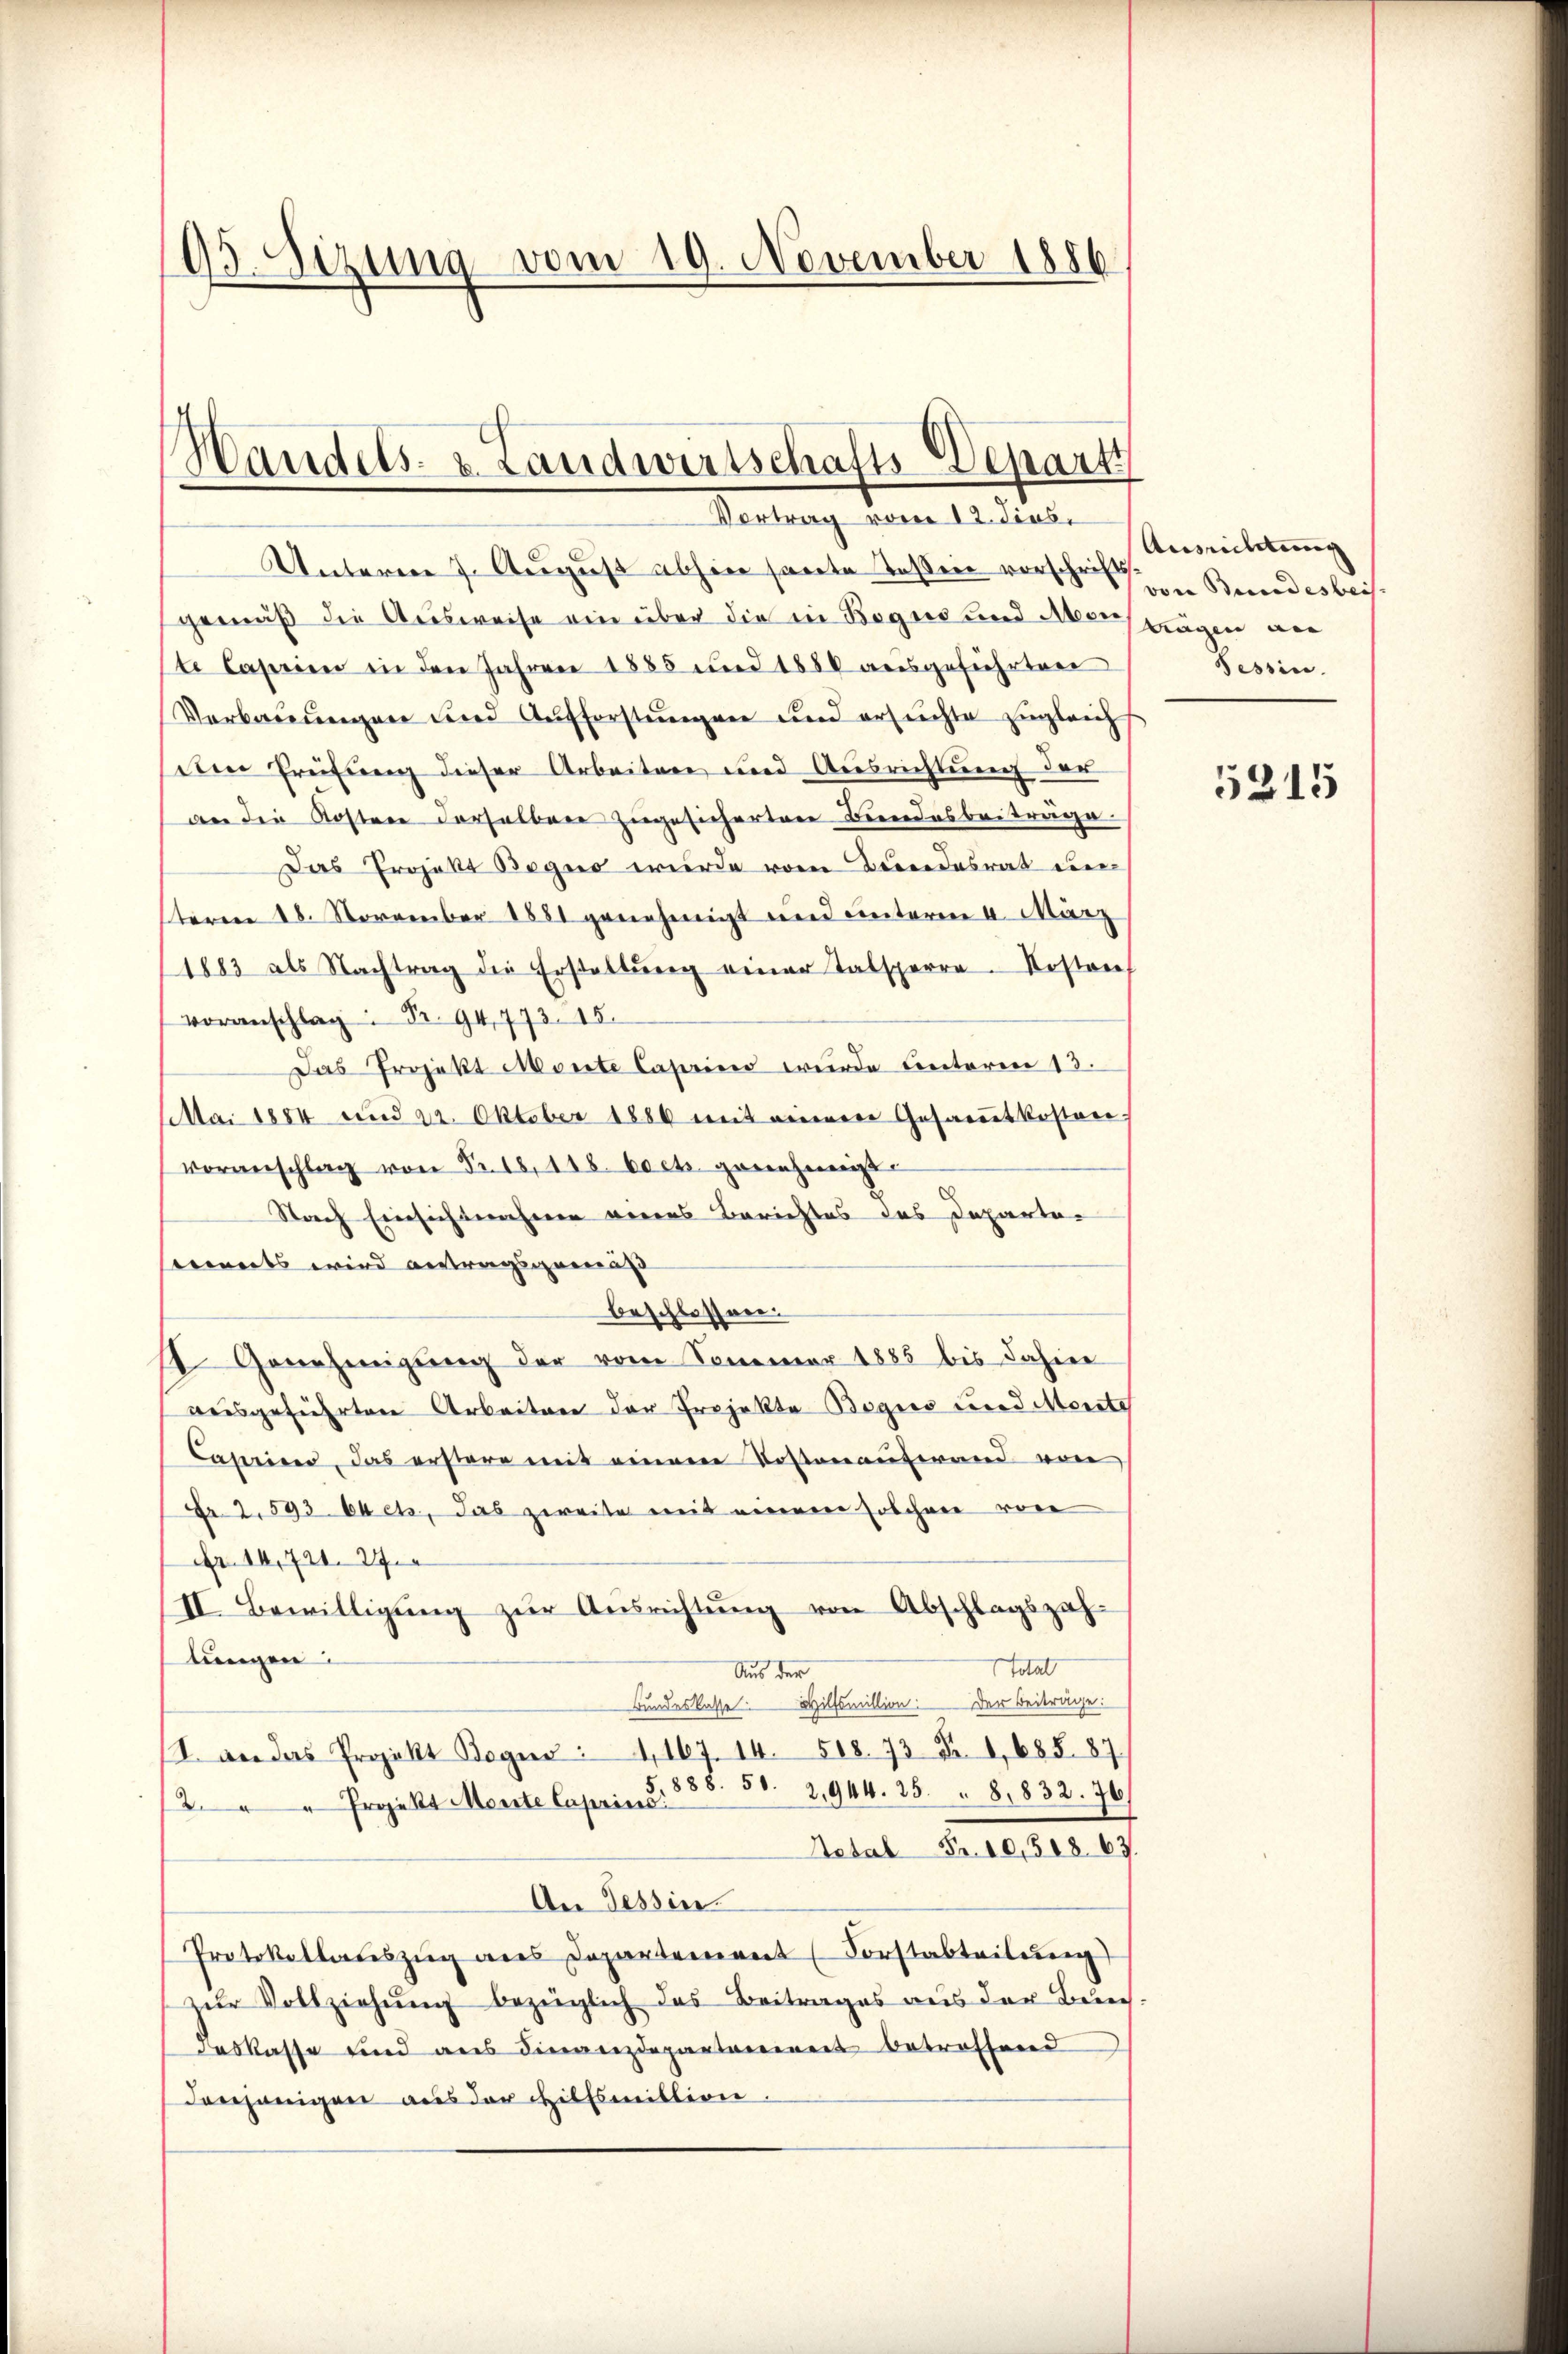
15. Sizung vom 19. November 1886

Handels- & Landwirtschafts-Departi
Vortrag vom 12. dies

Unterm 7. August abhin sagte Teßin vorschriften Beredes beis
gemäß die Ausweise ein über die in Bogus und Meri trägen wer
te Caprien in den Jahren 1888 und 1880 aŭsgeführten
Verbauungen und Aufforstungen und ersuchte zugleich
dem Prüfung dieser Arbeiten und Ausrichtung der
an die Kosten derselben zugesicherten Bundesbeiträge.
Das Projekt Bogus wurde vom Berendesrat dieteren 18. November 1881 genehmigt und unterm 4. März
1883 als Nachtrag die Erstellŭng einer Talsperre. Kosten
voranschlag: Br 94,773. 15.
Das Projekt Monte Casino wurde unterm 13.
Mai 1884 und 22. Oktober 1880 mit einem Gesammtkosten,
Voranschlag von Fr. 18, 448 bech genehmigt.
Nach Einsichtnahmen veres Berichtes des Departen
werts wird antragsgemäß
beschlossen.
1. Genehmigŭng der vom Sommer 1885 bis dahier
ausgeführten Arbeiten der Projekte Begies wird Monate
Capriren, das erstere mit einem Kostenaufwand von
Fr. 2. 593 stets, das zweite mit einem solchen von
Fr. 14,721. 27.
II. Bewilligung zur Ausrichtung von Abschlagszahtungen:
total
Aus der
Bundeskasse. Hilfsmillion: Der Beiträge:
1. an das Projekt Bogen : 1, 167. 14. 518. 73 Fr. 1,685. 87
5,888. 51. 2,944. 25 " 8, 832. 76/
2. " " Projekt Meiste Caprinc
Aetal Fr. 10,508. 63.
An Tessin
Protokollateszug aus Departement (Forstabteilung
zŭr Vollziehŭng bezüglich das Beitrages aus der Berec
daskasse sind aus Finanzdepartoniert betreffend
denjenigen aus der Hilfsmillion.

Ausrichtung
Tessin.

5215